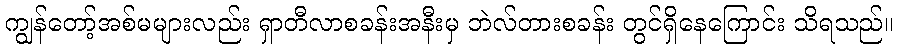
ကျွန်တော့်အစ်မများလည်း ရှာတီလာစခန်းအနီးမှ ဘဲလ်တားစခန်း တွင်ရှိနေကြောင်း သိရသည်။